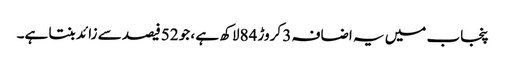
پنجاب میں یہ اضافہ 3 کروڑ 84لاکھ ہے ، جو 52فیصد سے زائد بنتا ہے۔